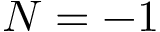
N = - 1